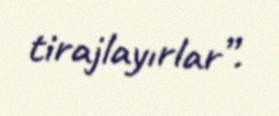
tirajlayırlar”.